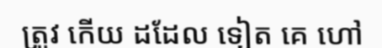
ត្រូវ កើយ ដដែល ទៀត គេ ហៅ